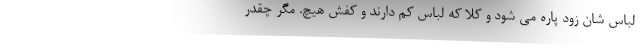
لباس شان زود پاره می شود و کلا که لباس کم دارند و کفش هیچ. مگر چقدر